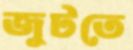
জুটতে